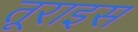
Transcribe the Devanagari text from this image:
तूराइस